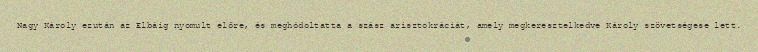
Nagy Károly ezután az Elbáig nyomult előre, és meghódoltatta a szász arisztokráciát, amely megkeresztelkedve Károly szövetségese lett.